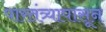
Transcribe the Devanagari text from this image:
पारतंत्र्यापासून